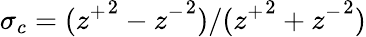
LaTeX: \sigma_{c}=({z^{+}}^{2}-{z^{-}}^{2})/({z^{+}}^{2}+{z^{-}}^{2})